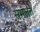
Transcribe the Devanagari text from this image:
समलत